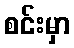
စင်းမှာ